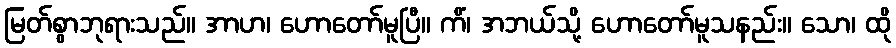
မြတ်စွာဘုရားသည်။ အာဟ၊ ဟောတော်မူပြီ။ ကိံ၊ အဘယ်သို့ ဟောတော်မူသနည်း။ သော၊ ထို